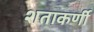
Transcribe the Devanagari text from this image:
शताकर्णी